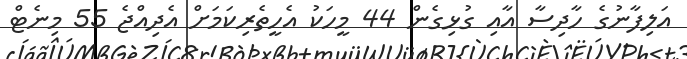
އަލިފާނުގެ ހާދިސާ އާއި ގުޅިގެން 44 މީހަކު އެހީތެރިކަމަށް އެދިއްޖެ 55 މިނެޓް